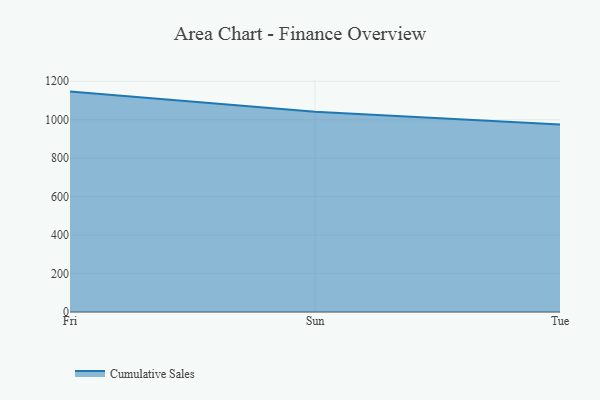
{"axis": {"x": "Day", "y": "Temperature (°C)"}, "legend": ["Cumulative Sales"], "data": [{"x": "Fri", "y": 1146.3, "type": "Cumulative Sales"}, {"x": "Sun", "y": 1041.4, "type": "Cumulative Sales"}, {"x": "Tue", "y": 975.1, "type": "Cumulative Sales"}]}